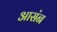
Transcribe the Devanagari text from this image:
आसंन